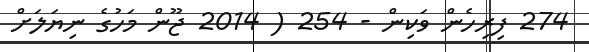
274 ފިރިހެން ވަކިން - 254 ( 2014 ޖޫން މަހުގެ ނިޔަލަށް